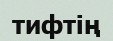
тифтің